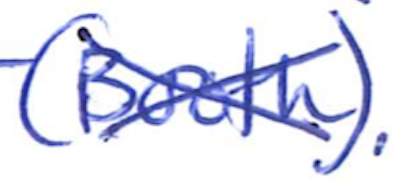
Text: (Booth).
Cross-out: cross
Writing tool: ballpoint